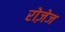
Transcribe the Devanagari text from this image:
रोज़ेज